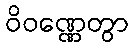
ဝိဝဏ္ဏေတွာ